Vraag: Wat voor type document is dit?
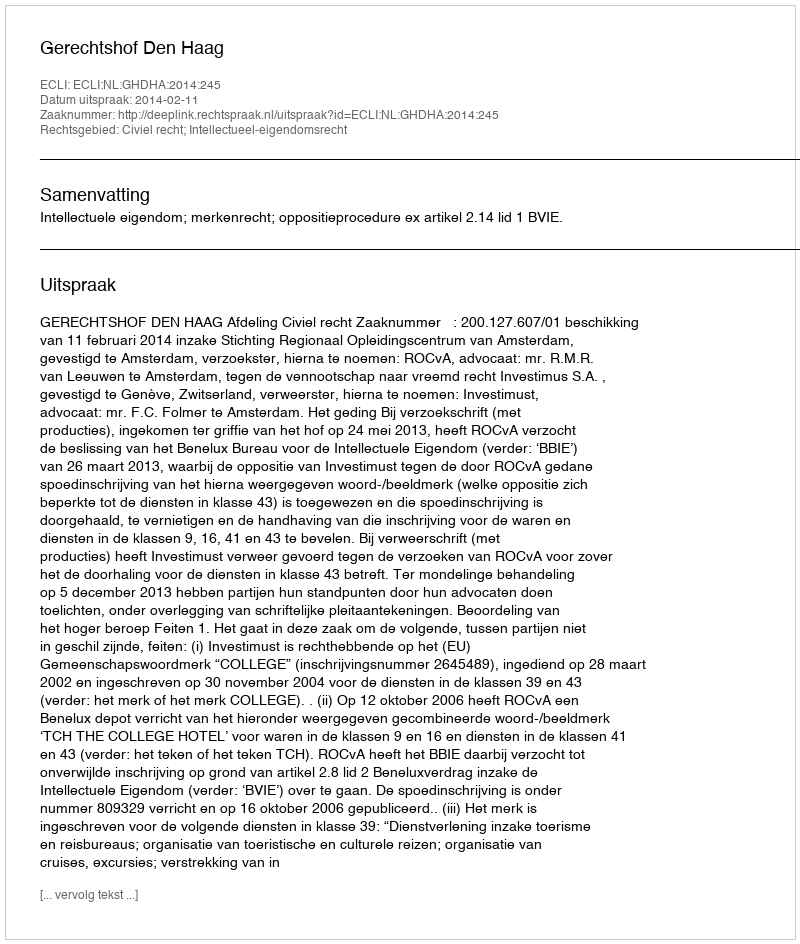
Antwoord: Uitspraak